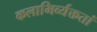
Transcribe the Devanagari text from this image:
कलाभिर्व्यक्ततां